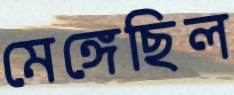
মেঙ্গেছিল